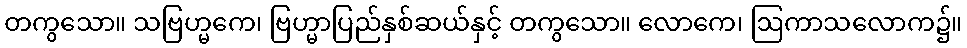
တကွသော။ သဗြဟ္မကေ၊ ဗြဟ္မာပြည်နှစ်ဆယ်နှင့် တကွသော။ လောကေ၊ ဩကာသလောက၌။